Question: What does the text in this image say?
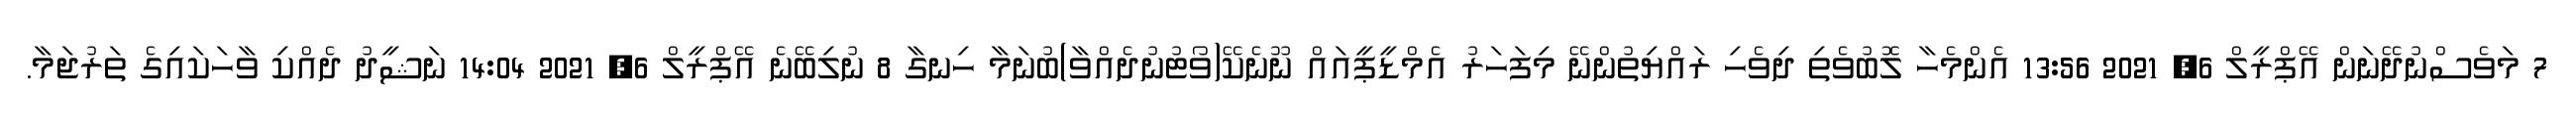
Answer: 7 މަވެސްނުދޭނަން އޭޕްރީލް 6, 2021 13:56 އެންމެހާ ލޮބުވެތި ދިވެހި ރައްޔިތުންނޭ މިފަހަރު އެމްޑީޕީއައް ނޫނެކޭ(ވޯޓުނުދެއްވާ)ބުނަމާ ހިނގާ 8 ނުލިބޭނެ އޭޕްރީލް 6, 2021 14:04 ނަޝީދު ދެއްކި ވާހަކައިގެ ތަރުޖަމާ.